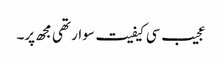
عجیب سی کیفیت سوار تھی مجھ پر۔